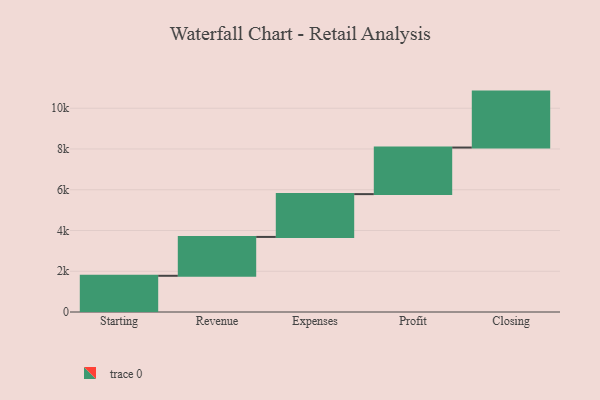
{"axis": {"x": "Step", "y": "Value"}, "legend": [""], "data": [{"x": "Starting", "y": 1777.0, "type": ""}, {"x": "Revenue", "y": 1907.0, "type": ""}, {"x": "Expenses", "y": 2101.0, "type": ""}, {"x": "Profit", "y": 2286.0, "type": ""}, {"x": "Closing", "y": 2745.0, "type": ""}]}